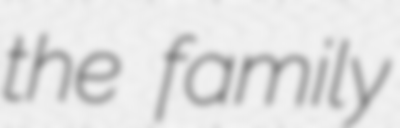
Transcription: the family